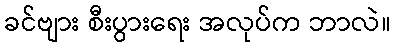
ခင်ဗျား စီးပွားရေး အလုပ်က ဘာလဲ။